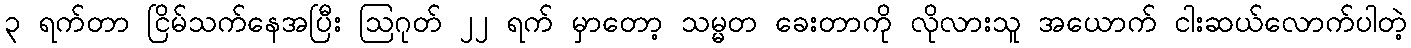
၃ ရက်တာ ငြိမ်သက်နေအပြီး ဩဂုတ် ၂၂ ရက် မှာတော့ သမ္မတ ခေးတာကို လိုလားသူ အယောက် ငါးဆယ်လောက်ပါတဲ့